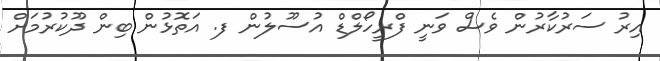
އިރު ސަރުކާރުން ވެސް ވަނީ ފްރީހޯލްޑް އުސޫލުން ފ. އަތޮޅުން ބިން ދޫކުރުމަށް